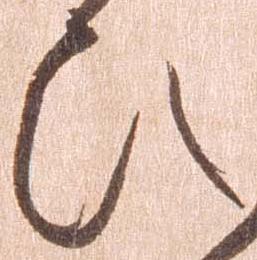
ひ